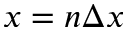
x = n \Delta x